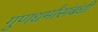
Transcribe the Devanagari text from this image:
गुणधर्मांसंबंधी